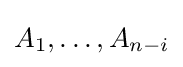
A_{1},\dots ,A_{n-i}